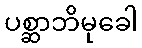
ပစ္ဆာဘိမုခေါ